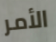
الأمر